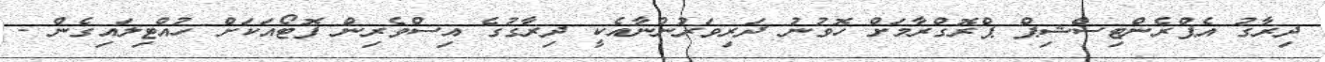
ދިރާގު އެޕްރެންޓިސްޝިޕް ޕްރޮގްރާމަށް ހޮވުނު ދަރިވަރުންނާއެކީ ދިރާގުގެ އިސްވެރިން ފޮޓޯއަކަށް ހުއްޓިލައިގެން -